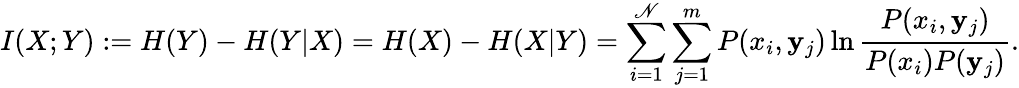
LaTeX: I(X;Y):=H(Y)-H(Y|X)=H(X)-H(X|Y)=\sum_{i=1}^{\mathscr{N}}\sum_{j=1}^{m}P(x_{i},\mathbf{y}_{j})\ln\frac{{P(x_{i},\mathbf{y}_{j})}}{{P(x_{i})P(\mathbf{y}_{j})}}.